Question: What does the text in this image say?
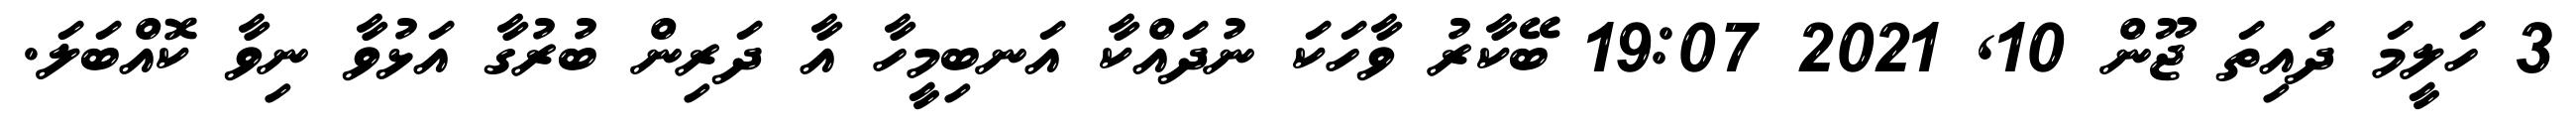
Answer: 3 ހަލީމަ ދައިތަ ޖޫން 10, 2021 19:07 ބޭކާރު ވާހަކަ ނުދައްކާ އަނބިމީހާ އާ ދަރިން ބުރުގާ އަޅުވާ ނިވާ ކޮއްބަލަ.